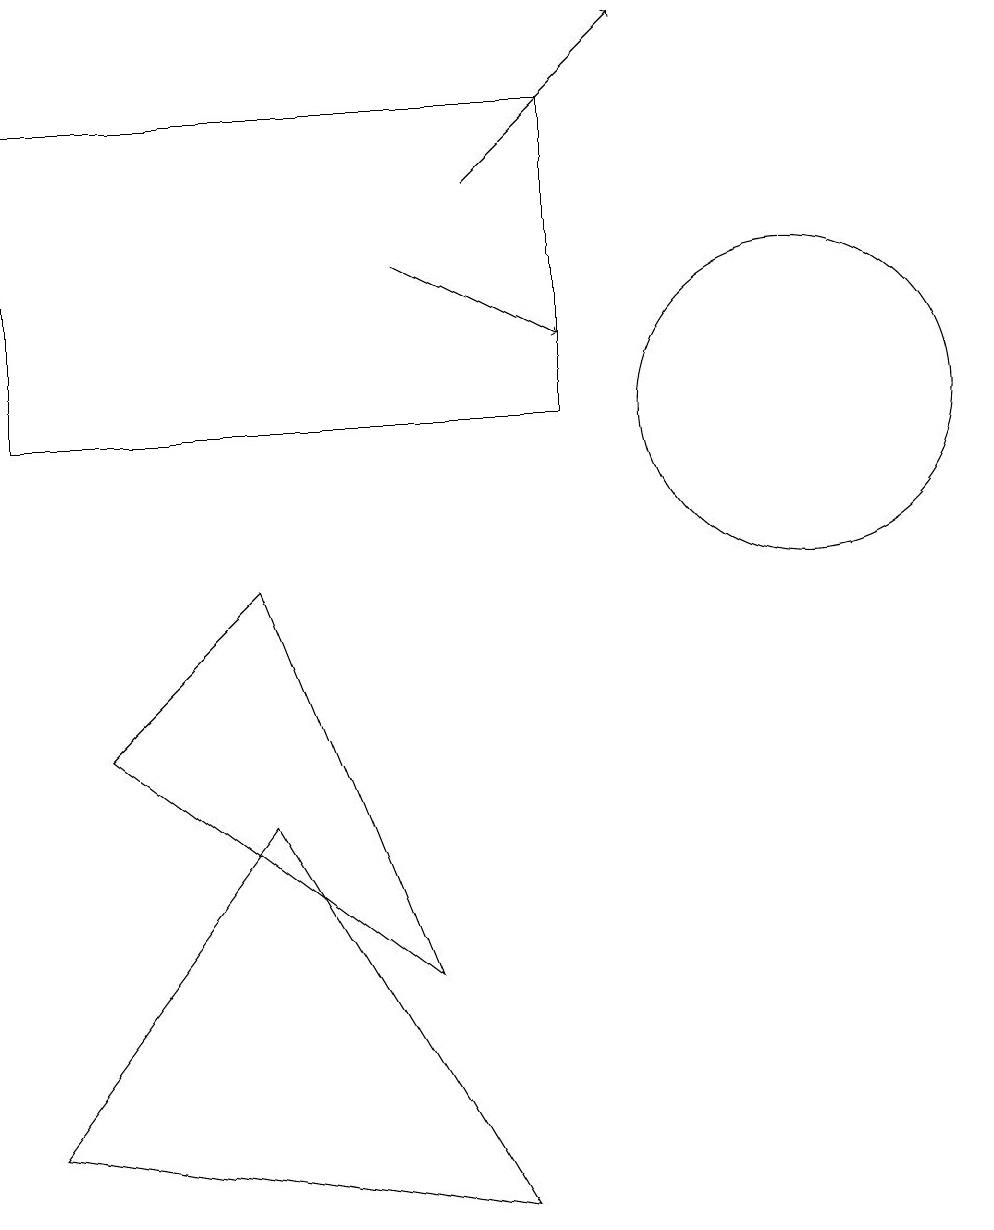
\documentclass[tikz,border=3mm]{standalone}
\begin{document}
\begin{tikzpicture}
\draw (3,5) -- (0,1) -- (6,0) -- cycle;
\draw[->] (6,13) -- (8,15);
\draw (10,10) circle (2);
\draw (1,6) -- (5,3) -- (3,8) -- cycle;
\draw[->] (5,12) -- (7,11);
\draw (7,10) rectangle (0,14);
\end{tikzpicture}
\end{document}